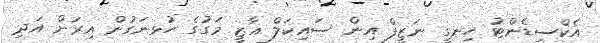
އެކްސިޑެންޓު ހިނގީ ނަޒީފް އިން ސައިކަލް ޣާޒީ މަގުގެ ހުޅނަގުން އިރަށް އަދި